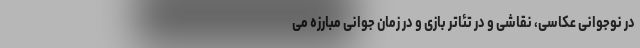
در نوجوانی عکاسی، نقاشی و در تئاتر بازی و در زمان جوانی مبارزه می